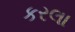
કરલા